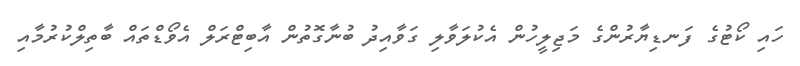
ހައި ކޯޓުގެ ފަނޑިޔާރުންގެ މަޖިލީހުން އެކުލަވާލި ގަވާއިދު ބުނާގޮތުން އާބިޓްރަލް އެވޯޑްތައް ބާތިލްކުރުމާއި